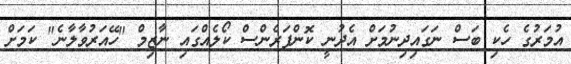
އުމަރުގެ ހެކި ބަސް ނަގައިދިނުމަށް އެދުނީ ކޮންފަރެންސް ކޯލެއްގައި ނާޒިމް "ހޭއަރުވާލާނެ" ކަމަށް